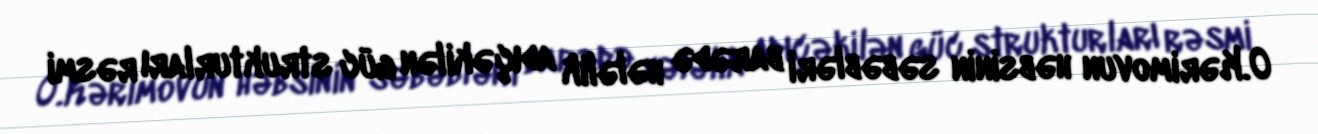
O.Kərimovun həbsinin səbəbləri barədə hələlik adıçəkilən güc strukturları rəsmi